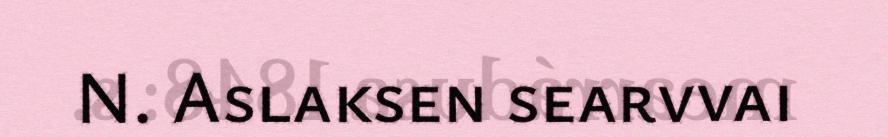
N. Aslaksen searvvai